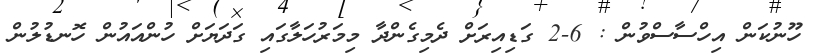
ހޫނުކަން އިހްސާސްވުން : 6-2 ގަޑިއިރަށް ދެމިގެންދާ މިމަރުހަލާގައި ގަދަޔަށް ހުންއައުން ހޮނޑުލުން